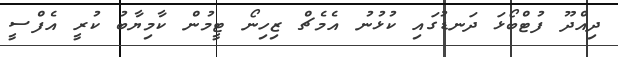
ދިއްދޫ ފުޓްބޯޅަ ދަނޑުގައި ކުޅުނު އެމެޗް ޒިހިނޯ ޓީމުން ކާމިޔާބު ކުރީ އެފްސީ